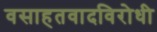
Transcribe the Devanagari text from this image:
वसाहतवादविरोधी